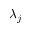
\lambda _ { j }